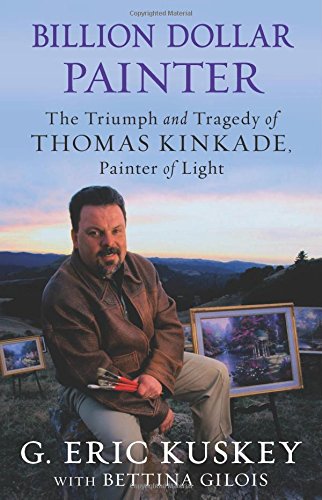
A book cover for Billion Dollar Painter: The Triumph and Tragedy of Thomas Kinkade, Painter of Light; G. Eric Kuskey; Arts & Photography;